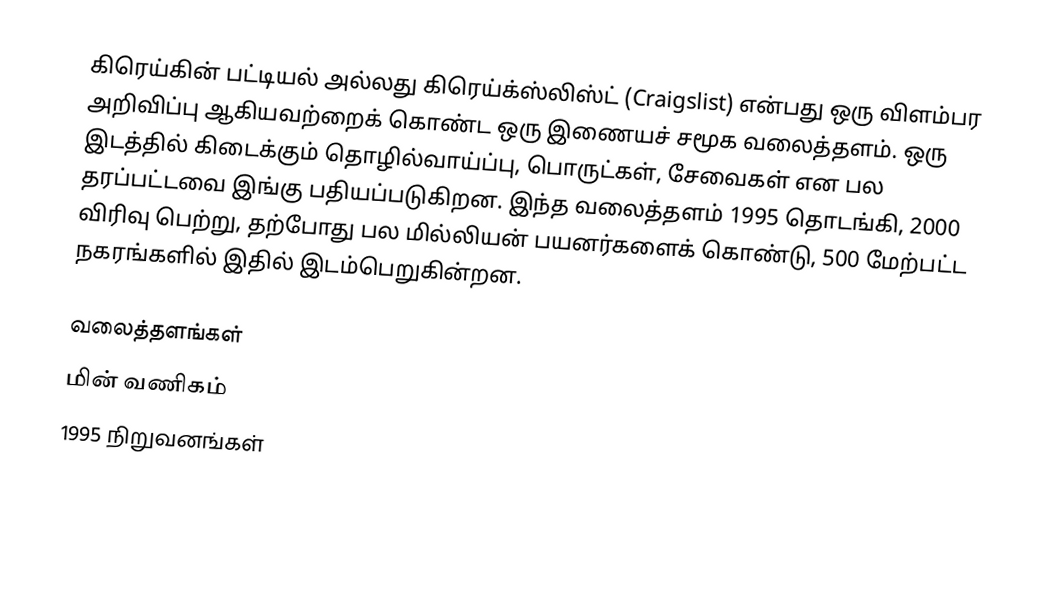
கிரெய்கின் பட்டியல் அல்லது கிரெய்க்ஸ்லிஸ்ட் (Craigslist) என்பது ஒரு விளம்பர அறிவிப்பு ஆகியவற்றைக் கொண்ட ஒரு இணையச் சமூக வலைத்தளம். ஒரு இடத்தில் கிடைக்கும் தொழில்வாய்ப்பு, பொருட்கள், சேவைகள் என பல தரப்பட்டவை இங்கு பதியப்படுகிறன. இந்த வலைத்தளம் 1995 தொடங்கி, 2000 விரிவு பெற்று, தற்போது பல மில்லியன் பயனர்களைக் கொண்டு, 500 மேற்பட்ட நகரங்களில் இதில் இடம்பெறுகின்றன.

வலைத்தளங்கள்
மின் வணிகம்
1995 நிறுவனங்கள்